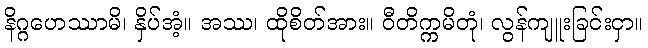
နိဂ္ဂဟေဿာမိ၊ နှိပ်အံ့။ အဿ၊ ထိုစိတ်အား။ ဝီတိက္ကမိတုံ၊ လွန်ကျူးခြင်းငှာ။